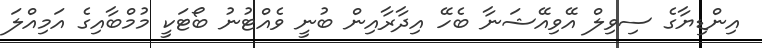
އިންޑިޔާގެ ސިވިލް އޭވިއޭޝަނާ ބެހޭ އިދާރާއިން ބުނީ ވެއްޓުނު ބޯޓަކީ މުމްބާއިގެ އަމިއްލަ